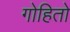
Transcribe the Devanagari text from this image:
गोहितो